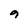
Character: 9